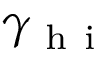
\gamma _ { \mathrm { ~ h ~ i ~ } }